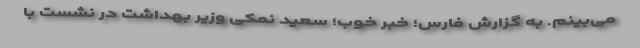
می‌بینم. به گزارش فارس؛ خبر خوب؛ سعید نمکی وزیر بهداشت در نشست با